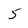
Character: 5